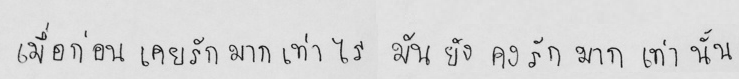
เมื่อก่อน เคยรักมากเท่าไร มันยังคงรักมากเท่านั้น